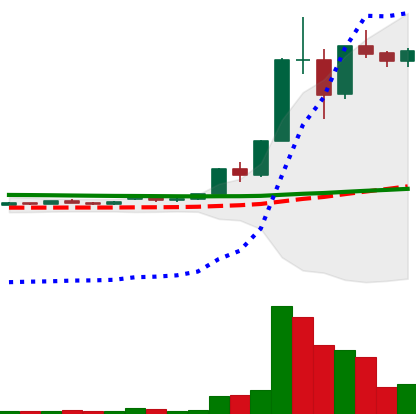
Ticker: XLM-USD
Chart end date: 2020-11-30
Forward return: -15.03%
Label: down_7plus